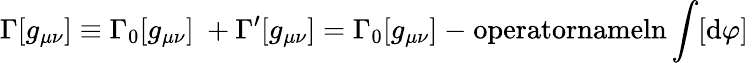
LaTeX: \Gamma[g_{\mu\nu}]\equiv\Gamma_{0}[g_{\mu\nu}]~+\Gamma^{\prime}[g_{\mu\nu}]=\Gamma_{0}[g_{\mu\nu}]~\mathrm{-\ operatorname{ln}}\int[\mathrm{d}\varphi]~